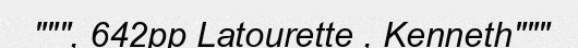
""", 642pp Latourette , Kenneth"""